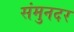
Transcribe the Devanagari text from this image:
संमुनदर